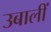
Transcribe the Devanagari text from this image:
उबालीं